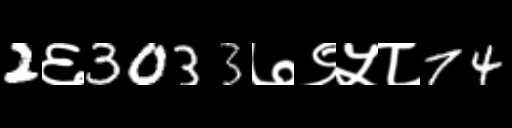
Text: 2६3033७९५८74